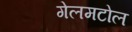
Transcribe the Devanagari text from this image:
गेलमटोल